Dysentery in Hazaribagh Central Jail - Number 52
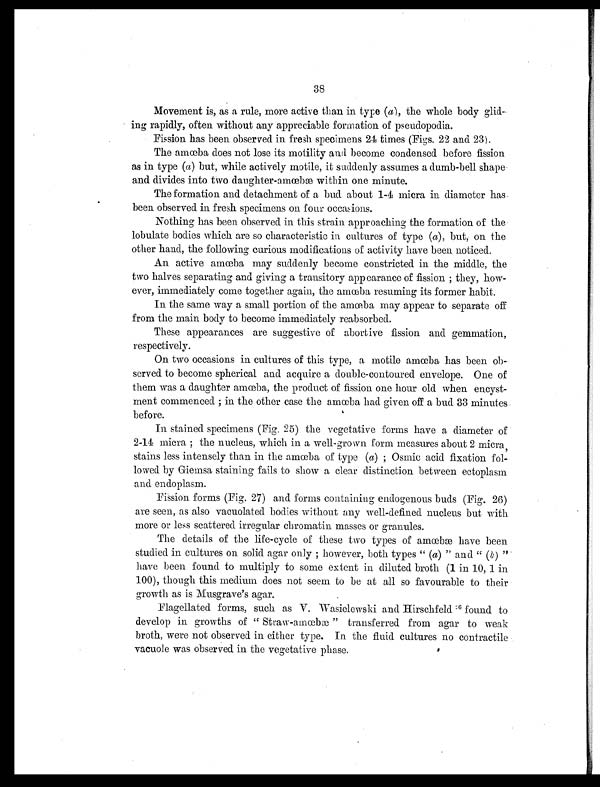
38
Movement is, as a rule, more active than in type (a) , the whole body
glid–ing rapidly, often without any appreciable formation of pseudopodia.
Fission has been observed in fresh specimens 24 times (Figs. 22 and 23).
The amoeba does not lose its motility and become condensed before fission
as in type (a) but, while actively motile, it suddenly assumes a dumb-bell shape
and divides into two daughter-amœbæ within one minute.
The formation and detachment of a bud about 1-4 micra in diameter has
been observed in fresh specimens on four occasions.
Nothing has been observed in this strain approaching the formation of the
lobulate bodies which are so characteristic in cultures of type (a), but, on the
other hand, the following curious modifications of activity have been noticed.
An active amœba may suddenly become constricted in the middle, the
two halves separating and giving a transitory appearance of fission ; they, how-
ever, immediately come together again, the amœba resuming its former habit.
In the same way a small portion of the amœba may appear to separate off
from the main body to become immediately reabsorbed.
These appearances are suggestive of abortive fission and gemmation,
respectively.
On two occasions in cultures of this type, a motile amœba has been ob-
served to become spherical and acquire a double-contoured envelope. One of
them was a daughter amœba, the product of fission one hour old when encyst-
ment commenced ; in the other case the amœba had given off a bud 33 minutes
before.
In stained specimens (Fig. 25) the vegetative forms have a diameter of
2-14 micra ; the nucleus, which in a well-grown form measures about 2 micra,
stains less intensely than in the amœba of type (a) ; Osmic acid fixation
followed by Giemsa staining fails to show a clear distinction between ectoplasm
and endoplasm.
Fission forms (Fig. 27) and forms containing endogenous buds (Fig. 26)
are seen, as also vacuolated bodies without any well-defined nucleus but with
more or less scattered irregular chromatin masses or granules.
The details of the life-cycle of these two types of amœbæ have been
studied in cultures on solid agar only ; however, both_ types " (a) " and "
have been found to multiply to some extent in diluted broth (1 in 10, 1 in
100), though this medium does not seem to be at all so favourable to their
growth as is Musgrave's agar.
Flagellated forms, such as V. Wasielewski and Hirschfeld 6 f o u n d t o
develop in growths of " Straw-amœbæ " transferred from agar to weak
broth, were not observed in either type. In the fluid cultures no contractile
vacuole was observed in the vegetative phase.